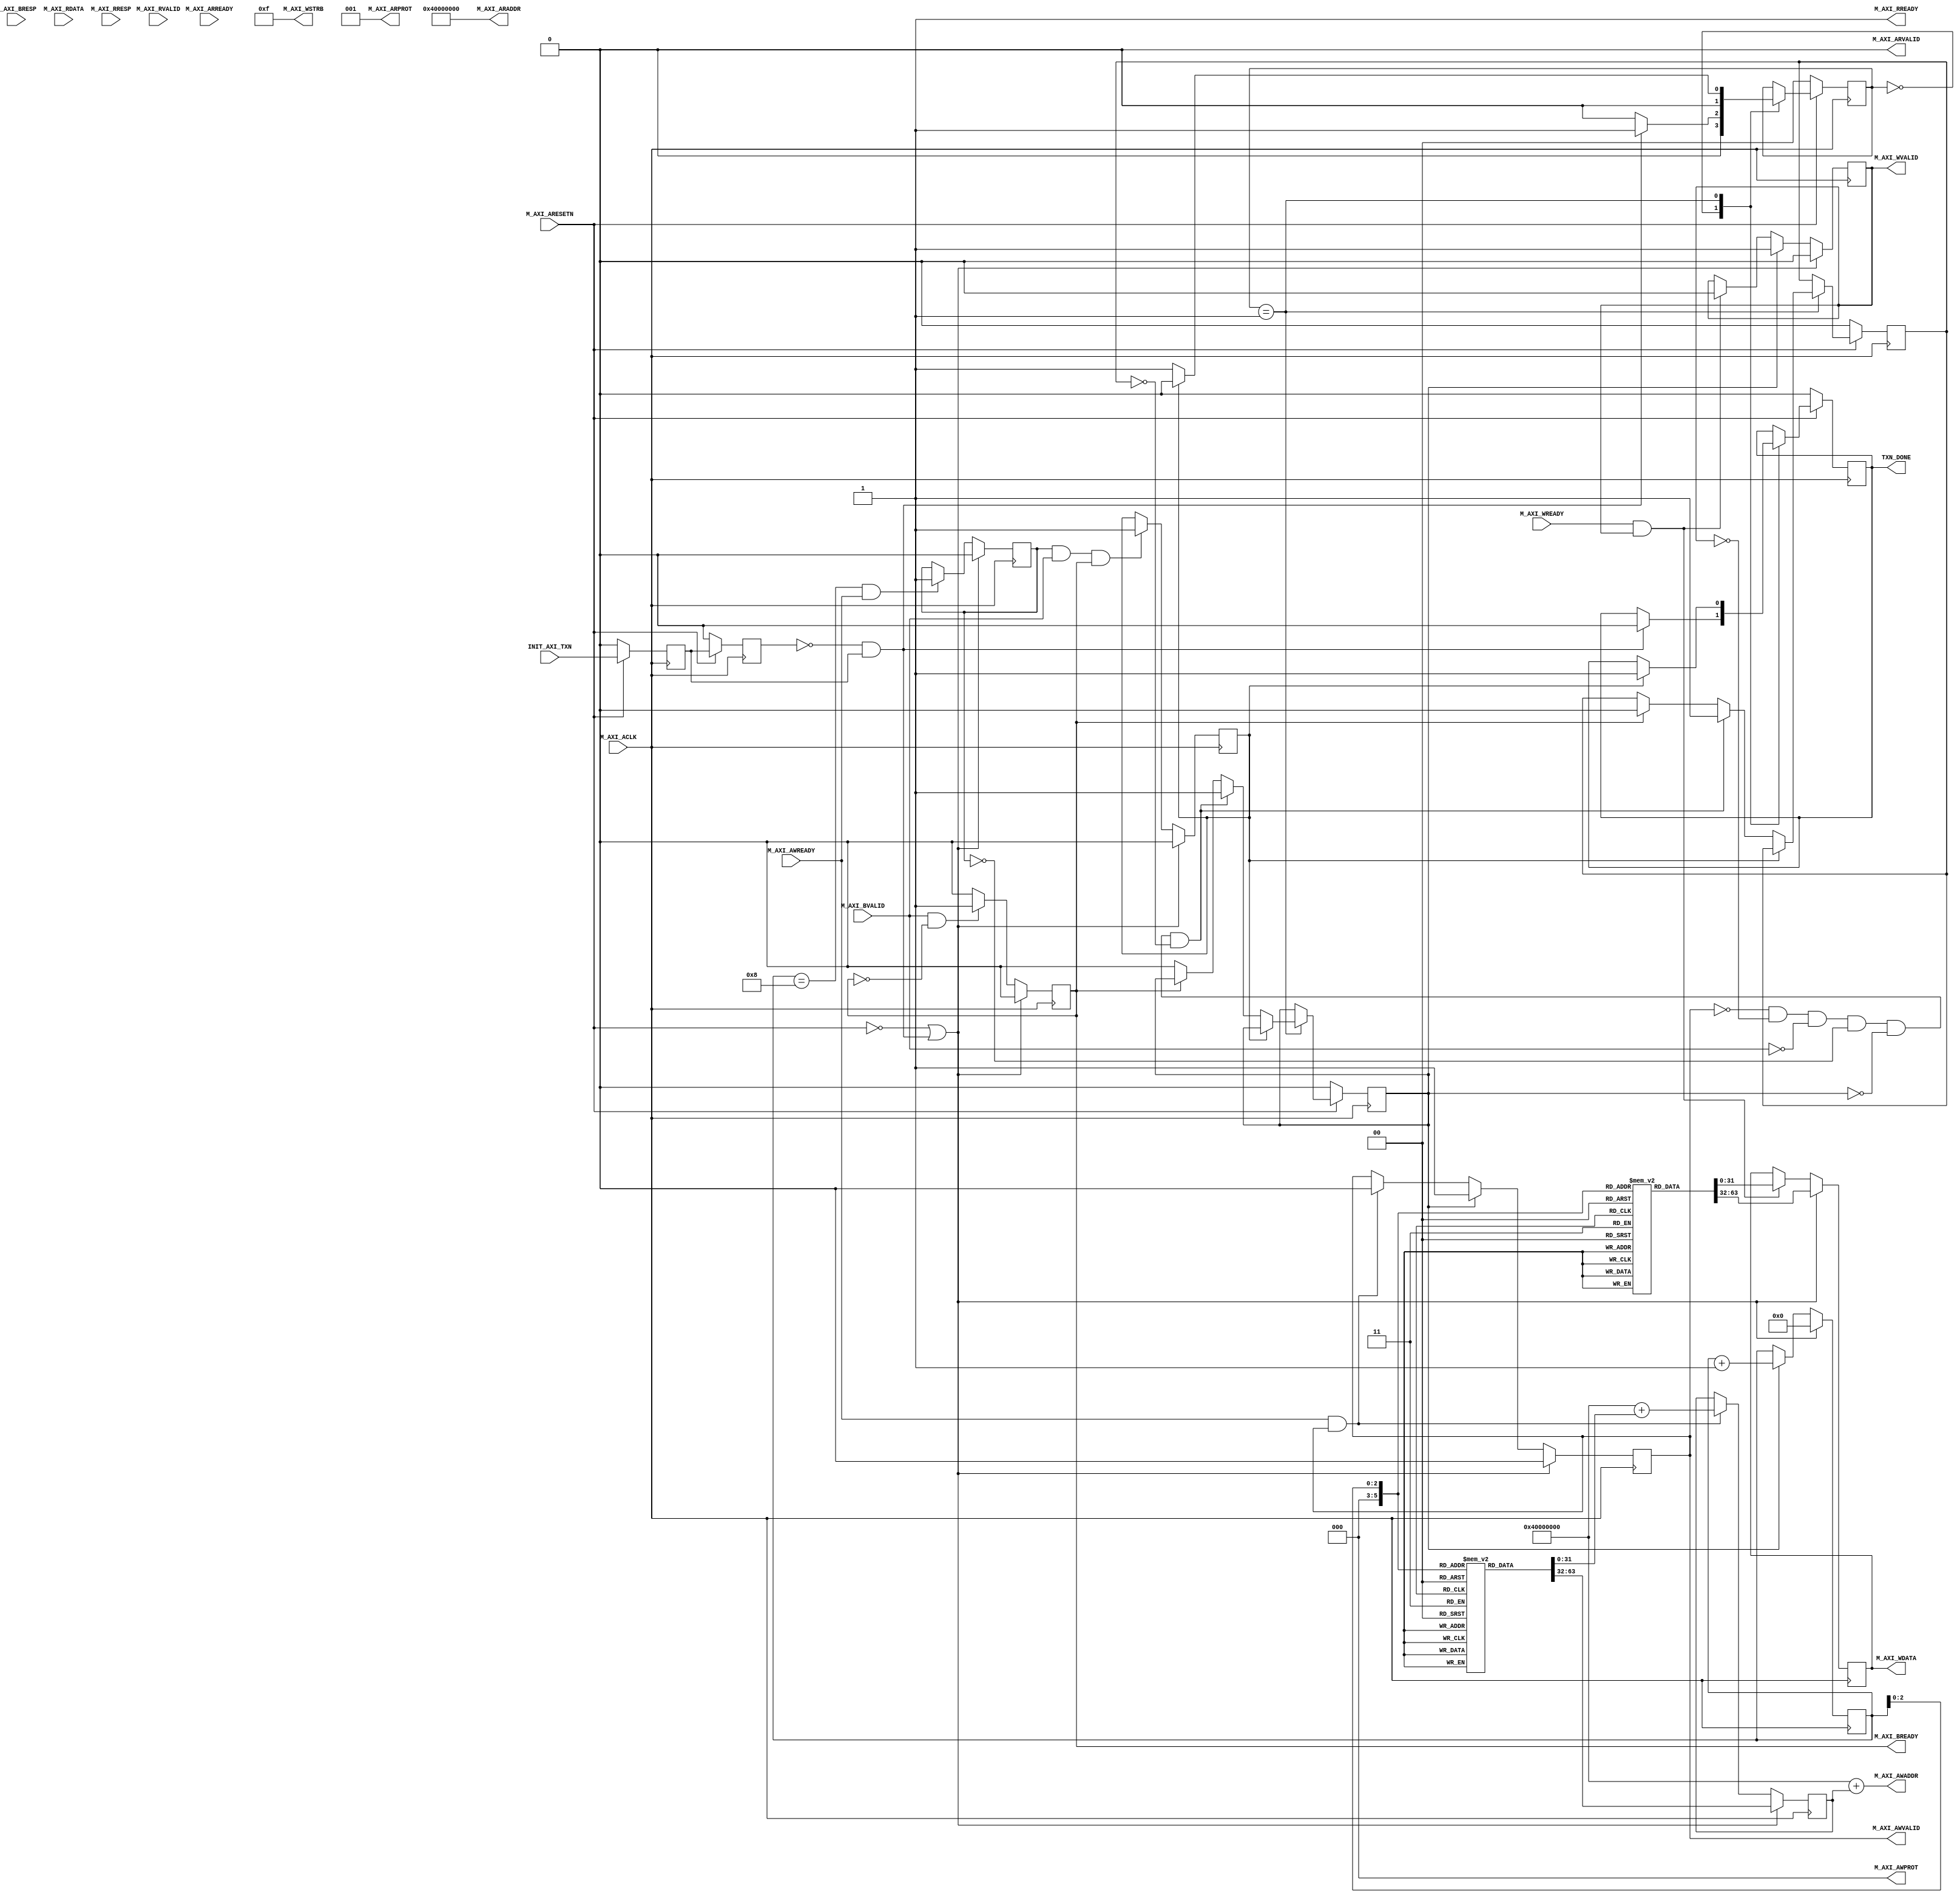

`timescale 1 ns / 1 ps

	module DMA_Controller_v1_0_M00_AXI #
	(
		// Users to add parameters here

		// User parameters ends

          // The transmitter will initiate read and write transactions on the RECEIVER with base address specified here as a parameter.
		parameter  C_M_TARGET_RECEIVER_BASE_ADDR	= 32'h40000000,
		// Width of M_AXI address bus. 
    // The transmitter generates the read and write addresses of width specified as C_M_AXI_ADDR_WIDTH.
		parameter integer C_M_AXI_ADDR_WIDTH	= 32,
		// Width of M_AXI data bus. 
    // The transmitter issues write data and accept read data where the width of the data bus is C_M_AXI_DATA_WIDTH
		parameter integer C_M_AXI_DATA_WIDTH	= 32,
		// Transaction number is the number of write 
    // and read transactions the transmitter will perform as a part of this example memory test.
		parameter integer C_M_TRANSACTIONS_NUM	= 8
	)
	(
		// Users to add ports here

		// User ports ends
		// Do not modify the ports beyond this line

		// Initiate AXI transactions
		input wire  INIT_AXI_TXN,
		// Asserts when AXI transactions is complete
		output wire  TXN_DONE,
		// AXI clock signal
		input wire  M_AXI_ACLK,
		// AXI active low reset signal
		input wire  M_AXI_ARESETN,
		// Transmitter Interface Write Address Channel ports. Write address (issued by transmitter)
		output wire [C_M_AXI_ADDR_WIDTH-1 : 0] M_AXI_AWADDR,
		// Write channel Protection type.
    // This signal indicates the privilege and security level of the transaction,
    // and whether the transaction is a data access or an instruction access.
		output wire [2 : 0] M_AXI_AWPROT,
		// Write address valid. 
    // This signal indicates that the transmitter signaling valid write address and control information.
		output wire  M_AXI_AWVALID,
		// Write address ready. 
    // This signal indicates that the receiver is ready to accept an address and associated control signals.
		input wire  M_AXI_AWREADY,
		// Transmitter Interface Write Data Channel ports. Write data (issued by transmitter)
		output wire [C_M_AXI_DATA_WIDTH-1 : 0] M_AXI_WDATA,
		// Write strobes. 
    // This signal indicates which byte lanes hold valid data.
    // There is one write strobe bit for each eight bits of the write data bus.
		output wire [C_M_AXI_DATA_WIDTH/8-1 : 0] M_AXI_WSTRB,
		// Write valid. This signal indicates that valid write data and strobes are available.
		output wire  M_AXI_WVALID,
		// Write ready. This signal indicates that the receiver can accept the write data.
		input wire  M_AXI_WREADY,
		// Transmitter Interface Write Response Channel ports. 
    // This signal indicates the status of the write transaction.
		input wire [1 : 0] M_AXI_BRESP,
		// Write response valid. 
    // This signal indicates that the channel is signaling a valid write response
		input wire  M_AXI_BVALID,
		// Response ready. This signal indicates that the transmitter can accept a write response.
		output wire  M_AXI_BREADY,
		// Transmitter Interface Read Address Channel ports. Read address (issued by transmitter)
		output wire [C_M_AXI_ADDR_WIDTH-1 : 0] M_AXI_ARADDR,
		// Protection type. 
    // This signal indicates the privilege and security level of the transaction, 
    // and whether the transaction is a data access or an instruction access.
		output wire [2 : 0] M_AXI_ARPROT,
		// Read address valid. 
    // This signal indicates that the channel is signaling valid read address and control information.
		output wire  M_AXI_ARVALID,
		// Read address ready. 
    // This signal indicates that the receiver is ready to accept an address and associated control signals.
		input wire  M_AXI_ARREADY,
		// Transmitter Interface Read Data Channel ports. Read data (issued by receiver)
		input wire [C_M_AXI_DATA_WIDTH-1 : 0] M_AXI_RDATA,
		// Read response. This signal indicates the status of the read transfer.
		input wire [1 : 0] M_AXI_RRESP,
		// Read valid. This signal indicates that the channel is signaling the required read data.
		input wire  M_AXI_RVALID,
		// Read ready. This signal indicates that the transmitter can accept the read data and response information.
		output wire  M_AXI_RREADY
	);

	// function called clogb2 that returns an integer which has the
	// value of the ceiling of the log base 2

	 function integer clogb2 (input integer bit_depth);
		 begin
		 for(clogb2=0; bit_depth>0; clogb2=clogb2+1)
			 bit_depth = bit_depth >> 1;
		 end
	 endfunction

	// TRANS_NUM_BITS is the width of the index counter for 
	// number of write or read transaction.
	 localparam integer TRANS_NUM_BITS = clogb2(C_M_TRANSACTIONS_NUM-1);

	// Example State machine to initialize counter, initialize write transactions
	parameter [1:0] IDLE = 2'b00, // This state initiates AXI4Lite transaction 
			// after the state machine changes state to INIT_WRITE   
			// when there is 0 to 1 transition on INIT_AXI_TXN
		INIT_WRITE   = 2'b01; 

	 reg [1:0] mst_exec_state;
    
    //The following two ararys contain the configuration from the logiCORE AXI DMA in 
    //simple DMA mode. x00 is the control register, and the interrupt and start bits are set
    //0x1C, 0x18 are the MSB and LSB of a 64 bit address (if less, just use LSB).
    //0x28 is the LENGTH register. Program it last.
     reg [31:0] data_values[0:7];
     initial begin
         //Memory Map 2 Stream
         data_values[0] = 32'h00005001; //IRQ Error, IRQ Complete, Start
         data_values[1] = 32'h00000001; //MSB Data ADDR
         data_values[2] = 32'h00001000; //LSB Data ADDR
         data_values[3] = 32'h0000000F; //Length
         //Stream 2 Memory Map
         data_values[4] = 32'h00005001; //IRQ Error, IRQ Complete, Start
         data_values[5] = 32'h00000001; //MSB Data ADDR
         data_values[6] = 32'h00002000; //LSB Data ADDR
         data_values[7] = 32'h0000000F; //Length
     end
            
     reg [31:0] addr_values[0:7];
     initial begin
         //Memory Map 2 Stream
         addr_values[0] = 32'h00000000; //CTRL
         addr_values[1] = 32'h0000001C; //MSB
         addr_values[2] = 32'h00000018; //LSB
         addr_values[3] = 32'h00000028; //LENGTH
         //Stream 2 Memory Map
         addr_values[4] = 32'h00000030; //CTRL
         addr_values[5] = 32'h0000004C; //MSB
         addr_values[6] = 32'h00000048; //LSB
         addr_values[7] = 32'h00000058; //LENGTH
     end
    
    
	// AXI4LITE signals
	//write address valid
	reg  	axi_awvalid;
	//write data valid
	reg  	axi_wvalid;
	//read address valid
	reg  	axi_arvalid;
	//read data acceptance
	reg  	axi_rready;
	//write response acceptance
	reg  	axi_bready;
	//write address
	reg [C_M_AXI_ADDR_WIDTH-1 : 0] 	axi_awaddr;
	//write data
	reg [C_M_AXI_DATA_WIDTH-1 : 0] 	axi_wdata;
	//read addresss
	reg [C_M_AXI_ADDR_WIDTH-1 : 0] 	axi_araddr;
	//Asserts when there is a write response error
	wire  	write_resp_error;
	//A pulse to initiate a write transaction
	reg  	start_single_write;
	//Asserts when a single beat write transaction is issued and remains asserted till the completion of write trasaction.
	reg  	write_issued;
	//flag that marks the completion of write trasactions. The number of write transaction is user selected by the parameter C_M_TRANSACTIONS_NUM.
	reg  	writes_done;
	//index counter to track the number of write transaction issued
	reg [TRANS_NUM_BITS : 0] 	write_index;
	//index counter to track the number of read transaction issued
	reg [TRANS_NUM_BITS : 0] 	read_index;
	//Expected read data used to compare with the read data.
	reg [C_M_AXI_DATA_WIDTH-1 : 0] 	expected_rdata;
	//Flag marks the completion of write transaction
	reg  	txn_done;
	//Flag is asserted when the write index reaches the last write transction number
	reg  	last_write;
	reg  	init_txn_ff;
	reg  	init_txn_ff2;
	reg  	init_txn_edge;
	wire  	init_txn_pulse;


	// I/O Connections assignments

	//Adding the offset address to the base addr of the receiver
	assign M_AXI_AWADDR	= C_M_TARGET_RECEIVER_BASE_ADDR + axi_awaddr;
	//AXI 4 write data
	assign M_AXI_WDATA	= axi_wdata;
	assign M_AXI_AWPROT	= 3'b000;
	assign M_AXI_AWVALID	= axi_awvalid;
	//Write Data(W)
	assign M_AXI_WVALID	= axi_wvalid;
	//Set all byte strobes in this example
	assign M_AXI_WSTRB	= 4'b1111;
	//Write Response (B)
	assign M_AXI_BREADY	= axi_bready;
	//Read Address (AR)
	assign M_AXI_ARADDR	= C_M_TARGET_RECEIVER_BASE_ADDR;
	assign M_AXI_ARVALID= 1'b0;
	assign M_AXI_ARPROT	= 3'b001;
	//Read and Read Response (R)
	assign M_AXI_RREADY	= 1'b1;
	//Example design I/O
	assign TXN_DONE	= txn_done;
	assign init_txn_pulse	= (!init_txn_ff2) && init_txn_ff;


	//Generate a pulse to initiate AXI transaction.
	always @(posedge M_AXI_ACLK)										      
	  begin                                                                        
	    // Initiates AXI transaction delay    
	    if (M_AXI_ARESETN == 0 )                                                   
	      begin                                                                    
	        init_txn_ff <= 1'b0;                                                   
	        init_txn_ff2 <= 1'b0;                                                   
	      end                                                                               
	    else                                                                       
	      begin  
	        init_txn_ff <= INIT_AXI_TXN;
	        init_txn_ff2 <= init_txn_ff;                                                                 
	      end                                                                      
	  end     


	//--------------------
	//Write Address Channel
	//--------------------

	// The purpose of the write address channel is to request the address and 
	// command information for the entire transaction.  It is a single beat
	// of information.

	// Note for this example the axi_awvalid/axi_wvalid are asserted at the same
	// time, and then each is deasserted independent from each other.
	// This is a lower-performance, but simplier control scheme.

	// AXI VALID signals must be held active until accepted by the partner.

	// A data transfer is accepted by the receiver when a transmitter has
	// VALID data and the receiver acknoledges it is also READY. While the transmitter
	// is allowed to generated multiple, back-to-back requests by not 
	// deasserting VALID, this design will add rest cycle for
	// simplicity.

	// Since only one outstanding transaction is issued by the user design,
	// there will not be a collision between a new request and an accepted
	// request on the same clock cycle. 

	  always @(posedge M_AXI_ACLK)										      
	  begin                                                                        
	    //Only VALID signals must be deasserted during reset per AXI spec          
	    //Consider inverting then registering active-low reset for higher fmax     
	    if (M_AXI_ARESETN == 0 || init_txn_pulse == 1'b1)                                                   
	      begin                                                                    
	        axi_awvalid <= 1'b0;                                                   
	      end                                                                      
	      //Signal a new address/data command is available by user logic           
	    else                                                                       
	      begin                                                                    
	        if (start_single_write)                                                
	          begin                                                                
	            axi_awvalid <= 1'b1;                                               
	          end                                                                  
	     //Address accepted by interconnect/receiver (issue of M_AXI_AWREADY by receiver)
	        else if (M_AXI_AWREADY && axi_awvalid)                                 
	          begin                                                                
	            axi_awvalid <= 1'b0;                                               
	          end                                                                  
	      end                                                                      
	  end                                                                          
	                                                                               
	                                                                               
	  // start_single_write triggers a new write                                   
	  // transaction. write_index is a counter to                                  
	  // keep track with number of write transaction                               
	  // issued/initiated                                                          
	  always @(posedge M_AXI_ACLK)                                                 
	  begin                                                                        
	    if (M_AXI_ARESETN == 0 || init_txn_pulse == 1'b1)                                                   
	      begin                                                                    
	        write_index <= 0;                                                      
	      end                                                                      
	      // Signals a new write address/ write data is                            
	      // available by user logic                                               
	    else if (start_single_write)                                               
	      begin                                                                    
	        write_index <= write_index + 1;                                        
	      end                                                                      
	  end                                                                          


	//--------------------
	//Write Data Channel
	//--------------------

	//The write data channel is for transfering the actual data.
	//The data generation is speific to the example design, and 
	//so only the WVALID/WREADY handshake is shown here

	   always @(posedge M_AXI_ACLK)                                        
	   begin                                                                         
	     if (M_AXI_ARESETN == 0  || init_txn_pulse == 1'b1)                                                    
	       begin                                                                     
	         axi_wvalid <= 1'b0;                                                     
	       end                                                                       
	     //Signal a new address/data command is available by user logic              
	     else if (start_single_write)                                                
	       begin                                                                     
	         axi_wvalid <= 1'b1;                                                     
	       end                                                                       
	     //Data accepted by interconnect/receiver (issue of M_AXI_WREADY by receiver)      
	     else if (M_AXI_WREADY && axi_wvalid)                                        
	       begin                                                                     
	        axi_wvalid <= 1'b0;                                                      
	       end                                                                       
	   end                                                                           


	//----------------------------
	//Write Response (B) Channel
	//----------------------------

	//The write response channel provides feedback that the write has committed
	//to memory. BREADY will occur after both the data and the write address
	//has arrived and been accepted by the receiver, and can guarantee that no
	//other accesses launched afterwards will be able to be reordered before it.

	//The BRESP bit [1] is used indicate any errors from the interconnect or
	//receiver for the entire write burst. This example will capture the error.

	//While not necessary per spec, it is advisable to reset READY signals in
	//case of differing reset latencies between transmitter/receiver.

	  always @(posedge M_AXI_ACLK)                                    
	  begin                                                                
	    if (M_AXI_ARESETN == 0 || init_txn_pulse == 1'b1)                                           
	      begin                                                            
	        axi_bready <= 1'b0;                                            
	      end                                                              
	    // accept/acknowledge bresp with axi_bready by the transmitter          
	    // when M_AXI_BVALID is asserted by receiver                          
	    else if (M_AXI_BVALID && ~axi_bready)                              
	      begin                                                            
	        axi_bready <= 1'b1;                                            
	      end                                                              
	    // deassert after one clock cycle                                  
	    else if (axi_bready)                                               
	      begin                                                            
	        axi_bready <= 1'b0;                                            
	      end                                                              
	    // retain the previous value                                       
	    else                                                               
	      axi_bready <= axi_bready;                                        
	  end                                                                  
	                                                                       

	//Address/Data Stimulus

    //Write Addresses                                        
	  always @(posedge M_AXI_ACLK)                                  
	      begin                                                     
	        if (M_AXI_ARESETN == 0  || init_txn_pulse == 1'b1)                                
	          begin                                                 
	            axi_awaddr <= addr_values[0];                                    
	          end                                                   
	          // Signals a new write address/ write data is         
	          // available by user logic                            
	        else if (M_AXI_AWREADY && axi_awvalid)                  
	          begin                                                 
	            axi_awaddr <= C_M_TARGET_RECEIVER_BASE_ADDR + addr_values[write_index];      
	          end                                                   
	      end                                                       
	                                                                
	  // Write data generation                                      
	  always @(posedge M_AXI_ACLK)                                  
	      begin                                                     
	        if (M_AXI_ARESETN == 0 || init_txn_pulse == 1'b1 )                                
	          begin                                                 
	            axi_wdata <= data_values[0];                  
	          end                                                   
	        // Signals a new write address/ write data is           
	        // available by user logic                              
	        else if (M_AXI_WREADY && axi_wvalid)                    
	          begin                                                 
	            axi_wdata <= data_values[write_index];    
	          end                                                   
	        end          	                                       
                                                 
	  //implement transmitter command interface state machine                         
	  always @ ( posedge M_AXI_ACLK)                                                    
	  begin                                                                             
	    if (M_AXI_ARESETN == 1'b0)                                                     
	      begin                                                                         
	      // reset condition                                                            
	      // All the signals are assigned default values under reset condition          
	        mst_exec_state  <= IDLE;                                            
	        start_single_write <= 1'b0;                                                 
	        write_issued  <= 1'b0;                                                        
	        txn_done  <= 1'b0;       
	      end                                                                           
	    else                                                                            
	      begin                                                                         
	       // state transition                                                          
	        case (mst_exec_state)                                                       
	                                                                                    
	          IDLE:                                                             
	          // This state is responsible to initiate 
	          // AXI transaction when init_txn_pulse is asserted 
	            if ( init_txn_pulse == 1'b1 )                                     
	              begin                                                                 
	                mst_exec_state  <= INIT_WRITE;      
	                txn_done <= 1'b0;
	              end                                                                   
	            else                                                                    
	              begin                                                                 
	                mst_exec_state  <= IDLE;                                    
	              end                                                                   
	                                                                                    
	          INIT_WRITE:                                                               
	            // This state is responsible to issue start_single_write pulse to       
	            // initiate a write transaction. Write transactions will be             
	            // issued until last_write signal is asserted.                          
	            // write controller                                                     
	            if (writes_done)                                                        
	              begin                                                                 
	                mst_exec_state <= IDLE;//   
	                txn_done <= 1'b1;                                   
	              end                                                                   
	            else                                                                    
	              begin                                                                 
	                mst_exec_state  <= INIT_WRITE;                                      
	                                                                                    
	                  if (~axi_awvalid && ~axi_wvalid && ~M_AXI_BVALID && ~last_write && ~start_single_write && ~write_issued)
	                    begin                                                           
	                      start_single_write <= 1'b1;                                   
	                      write_issued  <= 1'b1;                                        
	                    end                                                             
	                  else if (axi_bready)                                              
	                    begin                                                           
	                      write_issued  <= 1'b0;                                        
	                    end                                                             
	                  else                                                              
	                    begin                                                           
	                      start_single_write <= 1'b0; //Negate to generate a pulse      
	                    end                                                             
	              end                                                                        
	        endcase                                                                     
	    end                                                                             
	  end //MASTER_EXECUTION_PROC                                                       
	                                                                                    
	  //Terminal write count                                                            
	                                                                                    
	  always @(posedge M_AXI_ACLK)                                                      
	  begin                                                                             
	    if (M_AXI_ARESETN == 0 || init_txn_pulse == 1'b1)                                                         
	      last_write <= 1'b0;                                                           
	                                                                                    
	    //The last write should be associated with a write address ready response       
	    else if ((write_index == C_M_TRANSACTIONS_NUM) && M_AXI_AWREADY)                
	      last_write <= 1'b1;                                                           
	    else                                                                            
	      last_write <= last_write;                                                     
	  end                                                                               
	                                                                                    
	  //Check for last write completion.                                                
	                                                                                    
	  //This logic is to qualify the last write count with the final write              
	  //response. This demonstrates how to confirm that a write has been                
	  //committed.                                                                      
	                                                                                    
	  always @(posedge M_AXI_ACLK)                                                      
	  begin                                                                             
	    if (M_AXI_ARESETN == 0 || init_txn_pulse == 1'b1)                                                         
	      writes_done <= 1'b0;                                                          
	                                                                                    
	      //The writes_done should be associated with a bready response                 
	    else if (last_write && M_AXI_BVALID && axi_bready)                              
	      writes_done <= 1'b1;                                                          
	    else                                                                            
	      writes_done <= writes_done;                                                   
	  end                                                                               
	                                       
	                                                  
	// Add user logic here

	// User logic ends

	endmodule